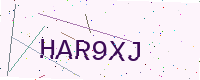
Text: HAR9XJ